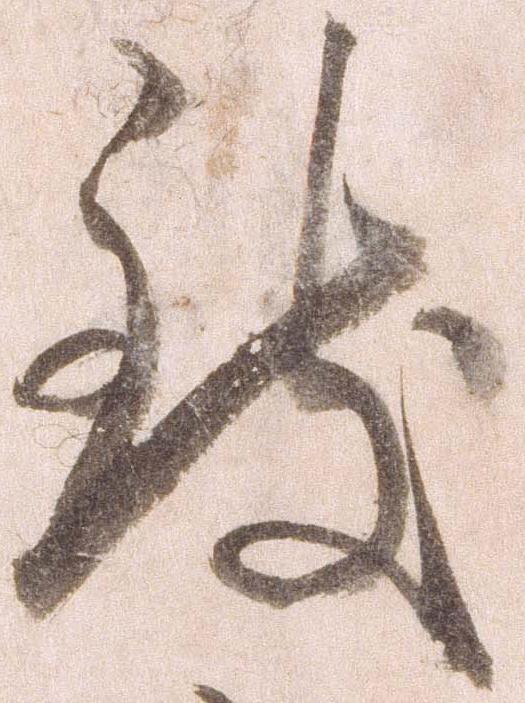
致